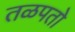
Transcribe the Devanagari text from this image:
तळपतो